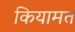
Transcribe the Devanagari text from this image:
कियामत